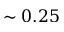
\sim 0 . 2 5